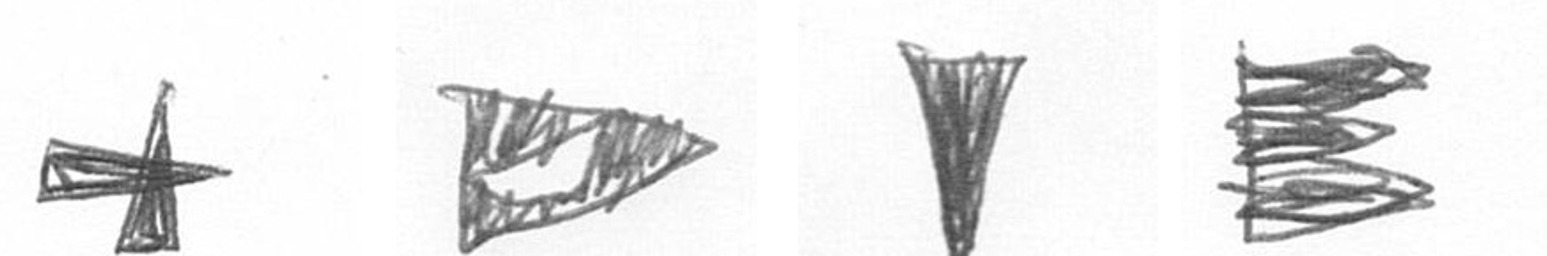
G K J H